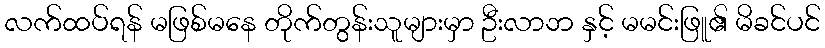
လက်ထပ်ရန် မဖြစ်မနေ တိုက်တွန်းသူများမှာ ဦးလာဘ နှင့် မမင်းဖြူ၏ မိခင်ပင်